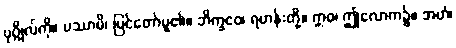
ပုဂ္ဂိုလ်ကို။ ပဿာမိ၊ မြင်တော်မူ၏။ ဘိက္ခဝေ၊ ရဟန်းတို့။ ဣဓ၊ ဤလောက၌။ အဟံ၊